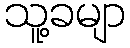
သူ့ခမျာ